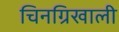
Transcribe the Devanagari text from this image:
चिनग्रिखाली